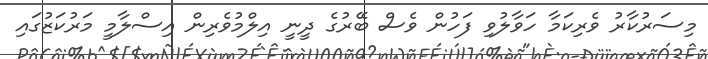
މިސަރުކާރު ވެރިކަމާ ހަވާލުވި ފަހުން ވެސް ބޭރުގެ ދީނީ އިލްމުވެރިން އިސްލާމީ މަރުކަޒުގައި